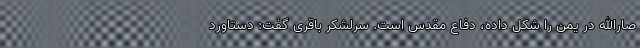
صارالله در یمن را شکل داده، دفاع مقدس است. سرلشکر باقری گفت: دستاورد